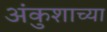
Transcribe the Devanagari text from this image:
अंकुशाच्या